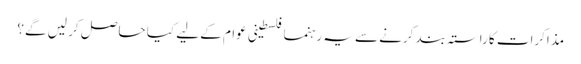
مذاکرات کا راستہ بند کرنے سے یہ رہنما فلسطینی عوام کے لیے کیا حاصل کر لیں گے؟